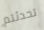
تحدثتم